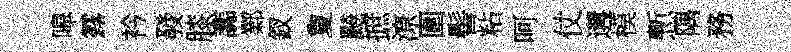
嗥露衿發膝讟鄴釵夐飇摭潦圍髻粘呵仗遘模慙隅務